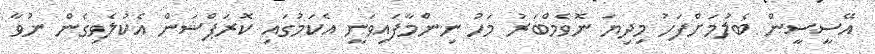
އޭސީސީން ބެލުމަށްފަހު މިދިޔަ ނޮވެމްބަރު މަހު ނިންމާފައިވަނީ އެކަމުގައި ކޮރަޕްޝަން އެކުލެވިގެން ނުވާ